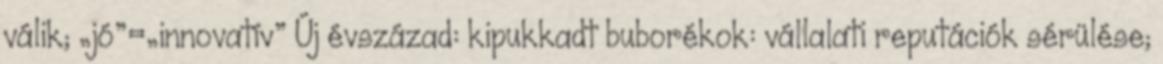
válik; „jó”=„innovatív” Új évszázad: kipukkadt buborékok: vállalati reputációk sérülése;